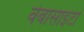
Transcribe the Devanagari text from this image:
वेबासाइटों